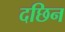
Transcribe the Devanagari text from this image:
दछिन